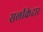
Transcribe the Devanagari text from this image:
सलीकेदार